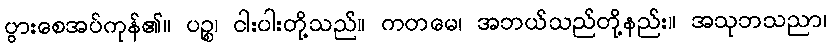
ပွားစေအပ်ကုန်၏။ ပဉ္စ၊ ငါးပါးတို့သည်။ ကတမေ၊ အဘယ်သည်တို့နည်း။ အသုဘသညာ၊